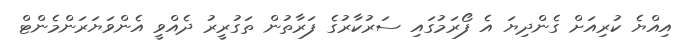
އިއްޔެ ކުރިއަށް ގެންދިޔަ އެ ފޯރަމުގައި ސަރުކާރުގެ ފަރާތުން ތަގުރީރު ދެއްވީ އެންވަޔަރަންމެންޓް